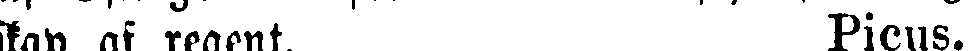
skap af regent. Picus.